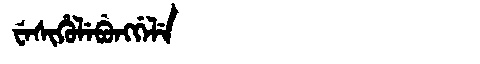
Manchu: ᠸᡝᠰᡳᡥᡠᠯᡝᠪᡠᠩᡤᡝᠯᡝ
Romanization: WESIHULEBUNGGELE